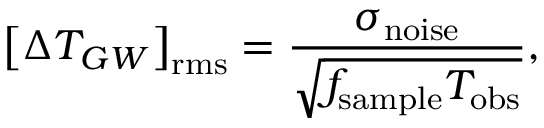
\left[ \Delta T _ { G W } \right] _ { \mathrm { r m s } } = \frac { \sigma _ { \mathrm { n o i s e } } } { \sqrt { f _ { \mathrm { s a m p l e } } T _ { \mathrm { o b s } } } } ,